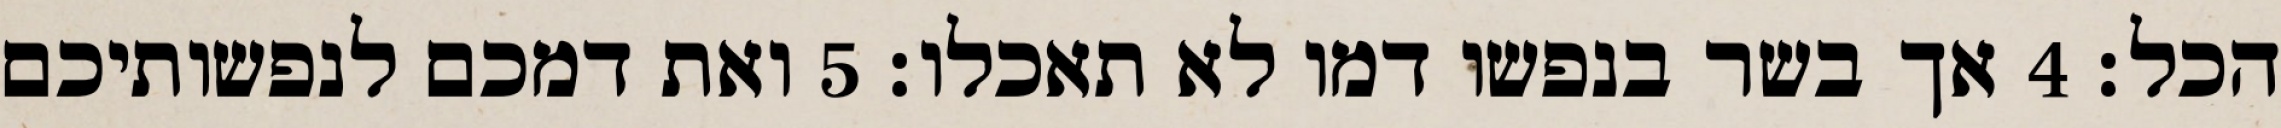
הכל׃ ‎4‏ אך בשר בנפשו דמו לא תאכלו׃ ‎5‏ ואת דמכם לנפשותיכם